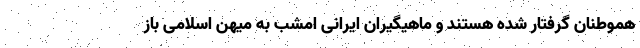
هموطنان گرفتار شده هستند و ماهیگیران ایرانی امشب به میهن اسلامی باز